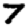
Digit: 7